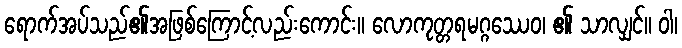
ရောက်အပ်သည်၏အဖြစ်ကြောင့်လည်းကောင်း။ လောကုတ္တရမဂ္ဂဿေဝ၊ ၏ သာလျှင်။ ဝါ၊